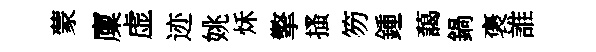
蒙廩虚迹姚秌擎搔笏鍾藹鍋褒誰